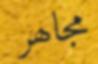
مجاھر